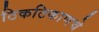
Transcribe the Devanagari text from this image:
ठिकठिकाणचे